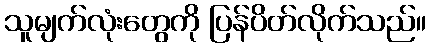
သူမျက်လုံးတွေကို ပြန်ပိတ်လိုက်သည်။